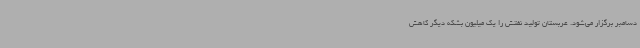
دسامبر برگزار می‌شود. عربستان تولید نفتش را یک میلیون بشکه دیگر کاهش